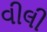
વીલી